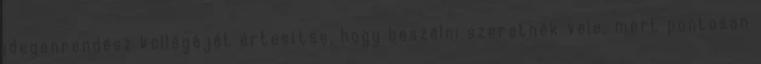
idegenrendész kollégáját értesítse, hogy beszélni szeretnék vele, mert pontosan